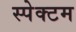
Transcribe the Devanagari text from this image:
स्पेक्टम